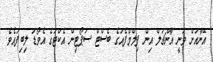
އޭނާއަށް ވަނީ އާންޗަލް އިން ފިލްމްފެއަގެ ބެސްޓް ސަޕޯޓިން އެކްޓަގެ އެވޯޑު ލިބިފައެވެ.